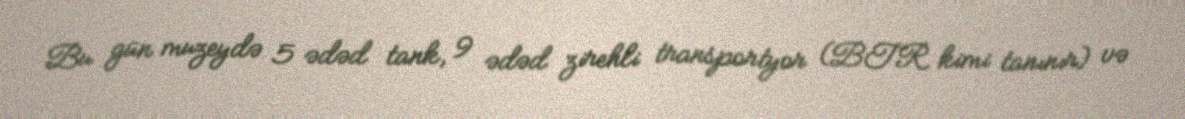
Bu gün muzeydə 5 ədəd tank, 9 ədəd zirehli transportyor (BTR kimi tanınır) və